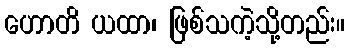
ဟောတိ ယထာ၊ ဖြစ်သကဲ့သို့တည်း။